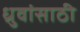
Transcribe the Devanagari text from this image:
ध्रुवांसाठी